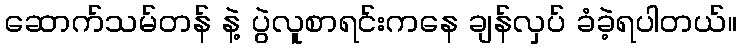
ဆောက်သမ်တန် နဲ့ ပွဲလူစာရင်းကနေ ချန်လှပ် ခံခဲ့ရပါတယ်။